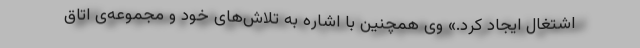
اشتغال ایجاد کرد.» وی همچنین با اشاره به تلاش‌های خود و مجموعه‌ی اتاق